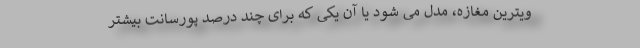
ویترین مغازه، مدل می شود یا آن یکی که برای چند درصد پورسانت بیشتر